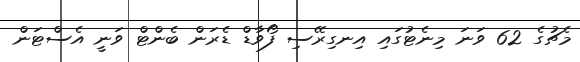
މެޗުގެ 62 ވަނަ މިނެޓުގައި އިނގިރޭސި ފޯވާޑް ޑެރަން ބެންޓް ވަނީ އެސްޓަން